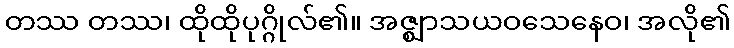
တဿ တဿ၊ ထိုထိုပုဂ္ဂိုလ်၏။ အဇ္ဈာသယဝသေနေဝ၊ အလို၏